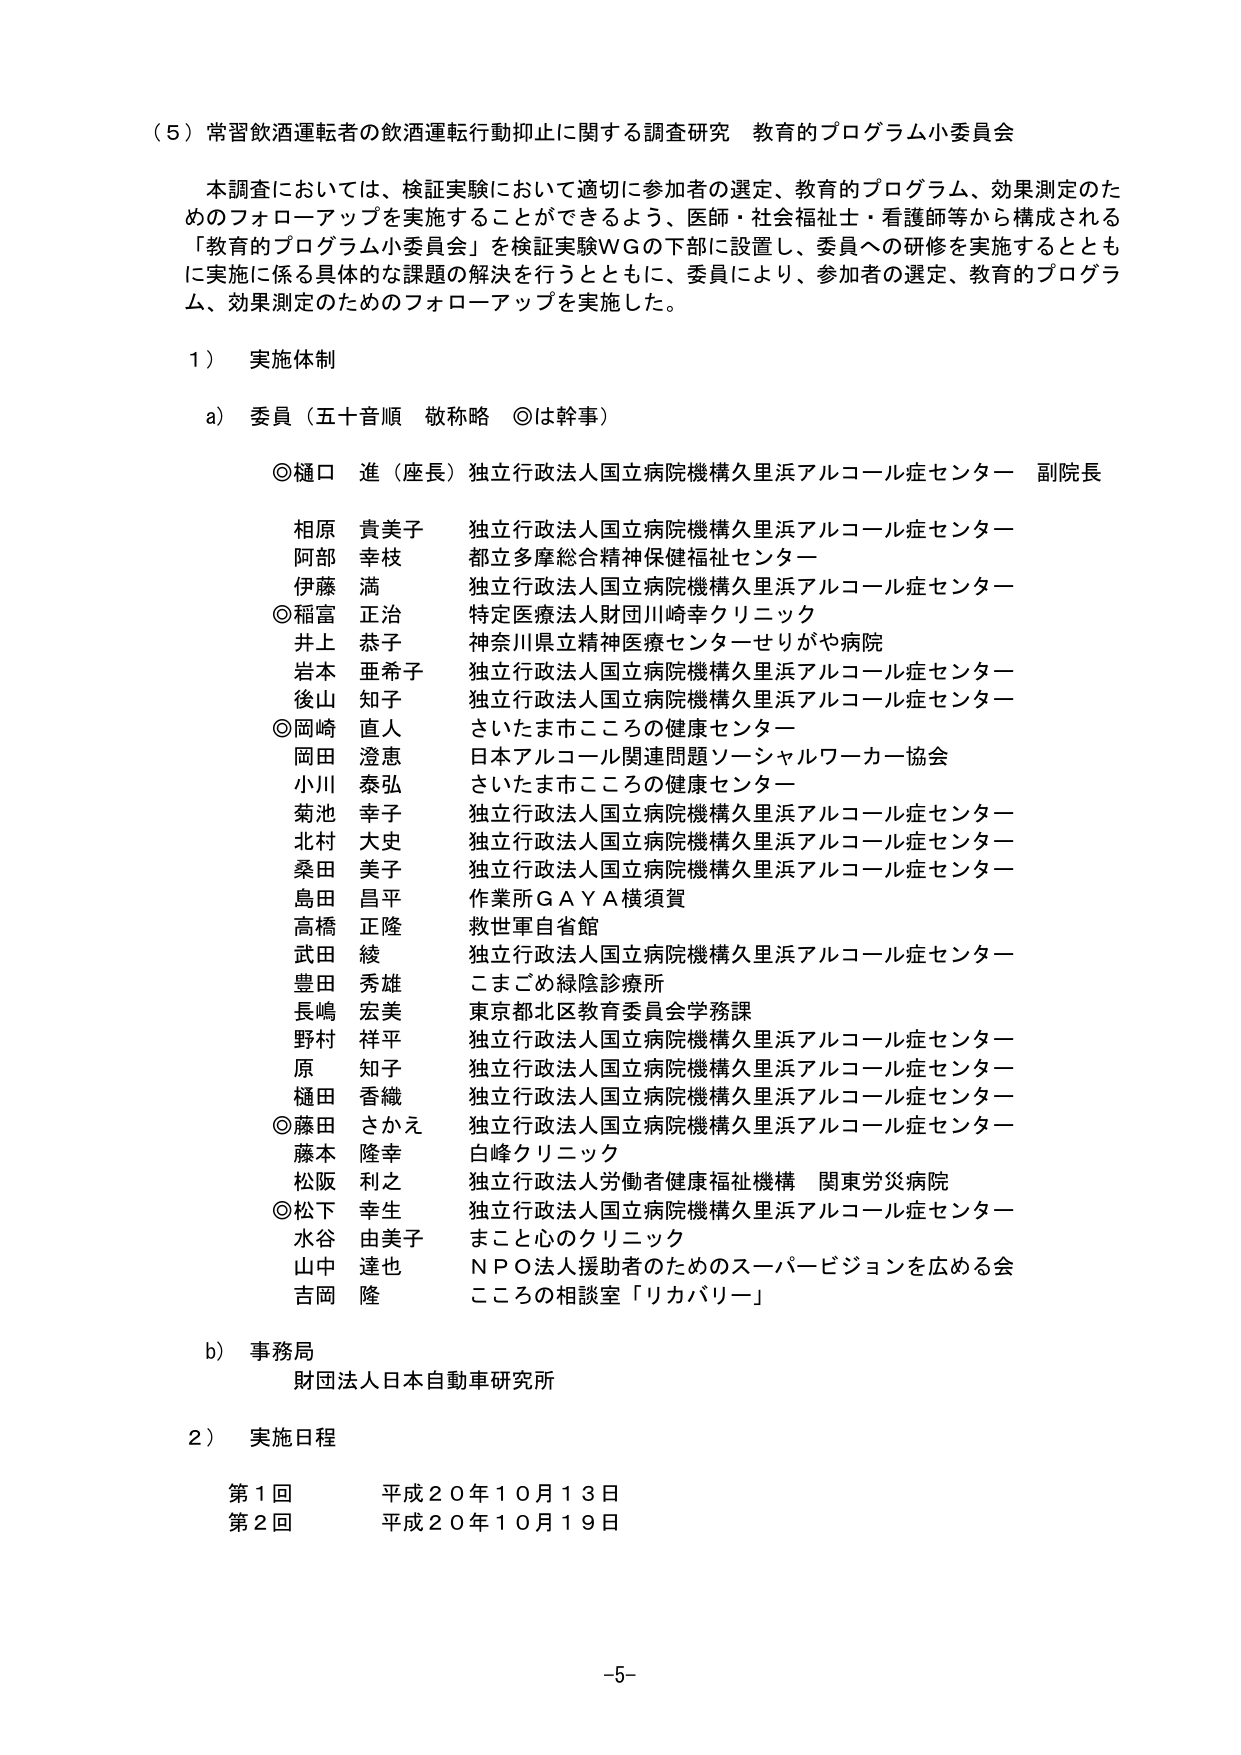
（5）常習飲酒運転者の飲酒運転行動抑止に関する調査研究 教育的プログラム小委員会

本調査においては、検証実験において適切に参加者の選定、教育的プログラム、効果測定のためのフォローアップを実施することができるよう、医師・社会福祉士・看護師等から構成される「教育的プログラム小委員会」を検証実験WGの下部に設置し、委員への研修を実施するとともに実施に係る具体的な課題の解決を行うとともに、委員により、参加者の選定、教育的プログラム、効果測定のためのフォローアップを実施した。

1） 実施体制

a） 委員（五十音順 敬称略 ◎は幹事）

◎樋口 進（座長）独立行政法人国立病院機構久里浜アルコール症センター 副院長

相原 貴美子 独立行政法人国立病院機構久里浜アルコール症センター
阿部 幸枝 都立多摩総合精神保健福祉センター
伊藤 満 独立行政法人国立病院機構久里浜アルコール症センター
◎稲富 正治 特定医療法人財団川崎幸クリニック
井上 恭子 神奈川県立精神医療センターせりがや病院
岩本 亜希子 独立行政法人国立病院機構久里浜アルコール症センター
後山 知子 独立行政法人国立病院機構久里浜アルコール症センター
◎岡崎 直人 さいたま市こころの健康センター
岡田 澄恵 日本アルコール関連問題ソーシャルワーカー協会
小川 泰弘 さいたま市こころの健康センター
菊池 幸子 独立行政法人国立病院機構久里浜アルコール症センター
北村 大史 独立行政法人国立病院機構久里浜アルコール症センター
桑田 美子 独立行政法人国立病院機構久里浜アルコール症センター
島田 昌平 作業所GAYA横須賀
高橋 正隆 救世軍自省館
武田 綾 独立行政法人国立病院機構久里浜アルコール症センター
豊田 秀雄 こまごめ緑陰診療所
長嶋 宏美 東京都北区教育委員会学務課
野村 祥平 独立行政法人国立病院機構久里浜アルコール症センター
原 知子 独立行政法人国立病院機構久里浜アルコール症センター
樋田 香織 独立行政法人国立病院機構久里浜アルコール症センター
◎藤田 さかえ 独立行政法人国立病院機構久里浜アルコール症センター
藤本 隆幸 白峰クリニック
松阪 利之 独立行政法人労働者健康福祉機構 関東労災病院
◎松下 幸生 独立行政法人国立病院機構久里浜アルコール症センター
水谷 由美子 まこと心のクリニック
山中 達也 ＮＰＯ法人援助者のためのスーパービジョンを広める会
吉岡 隆 こころの相談室「リカバリー」

b） 事務局
財団法人日本自動車研究所

2） 実施日程

第1回 平成20年10月13日
第2回 平成20年10月19日

-5-